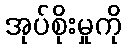
အုပ်စိုးမှုကို